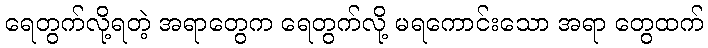
ရေတွက်လို့ရတဲ့ အရာတွေက ရေတွက်လို့ မရကောင်းသော အရာ တွေထက်